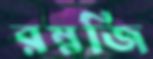
রম্নজি